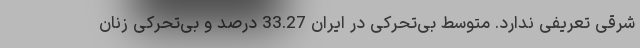
شرقی تعریفی ندارد. متوسط بی‌تحرکی در ایران 33.27 درصد و بی‌تحرکی زنان